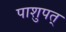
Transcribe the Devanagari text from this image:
पाशुपत्